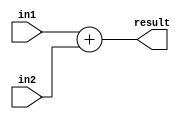
`timescale 1ns/1ps

module adder(in1,  in2, result);
    input [31:0] in1, in2;
    output [31:0] result;
    
    assign result = in1 + in2;
endmodule